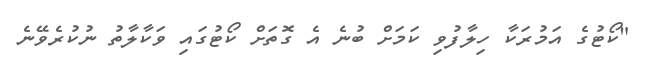
"ކޯޓުގެ އަމުރަކާ ހިލާފުވި ކަމަށް ބުނެ އެ ގޮތަށް ކޯޓުގައި ވަކާލާތު ނުކުރެވޭނެ